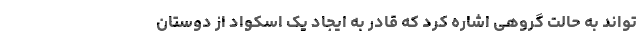
تواند به حالت گروهی اشاره کرد که قادر به ایجاد یک اسکواد از دوستان